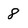
Character: 8